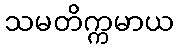
သမတိက္ကမာယ